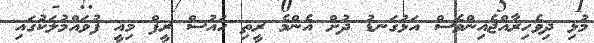
މުޅި ދިވެހިރާއްޖެއިންވެސް އަޅުގަނޑު ދުށް އެންމެ ރީތި ހައުސް ރީފް މިއީ ފުވައްމުލަކުގައި